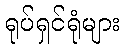
ရုပ်ရှင်ရုံများ